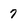
Character: 7